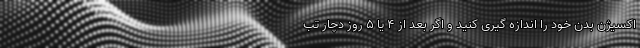
اکسیژن بدن خود را اندازه گیری کنید و اگر بعد از ۴ یا ۵ روز دچار تب